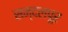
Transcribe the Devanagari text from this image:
सन्दलपूर